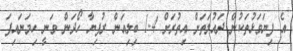
އެ ފިޔަވަޅުތަކުން ދައުލަތަށް އިތުރަށް 1.4 ބިލިއަން ރުފިޔާ ހޯދަން ވަނީ ހިމަނައިފަ